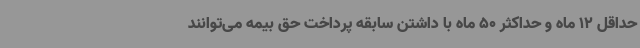
حداقل 12 ماه و حداکثر 50 ماه با داشتن سابقه پرداخت حق بیمه می‌توانند